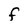
Character: F